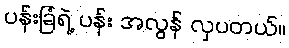
ပန်းခြံရဲ့ ပန်း အလွန် လှပတယ်။